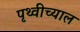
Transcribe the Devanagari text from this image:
पृथ्वीच्याल